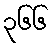
၃၆၆